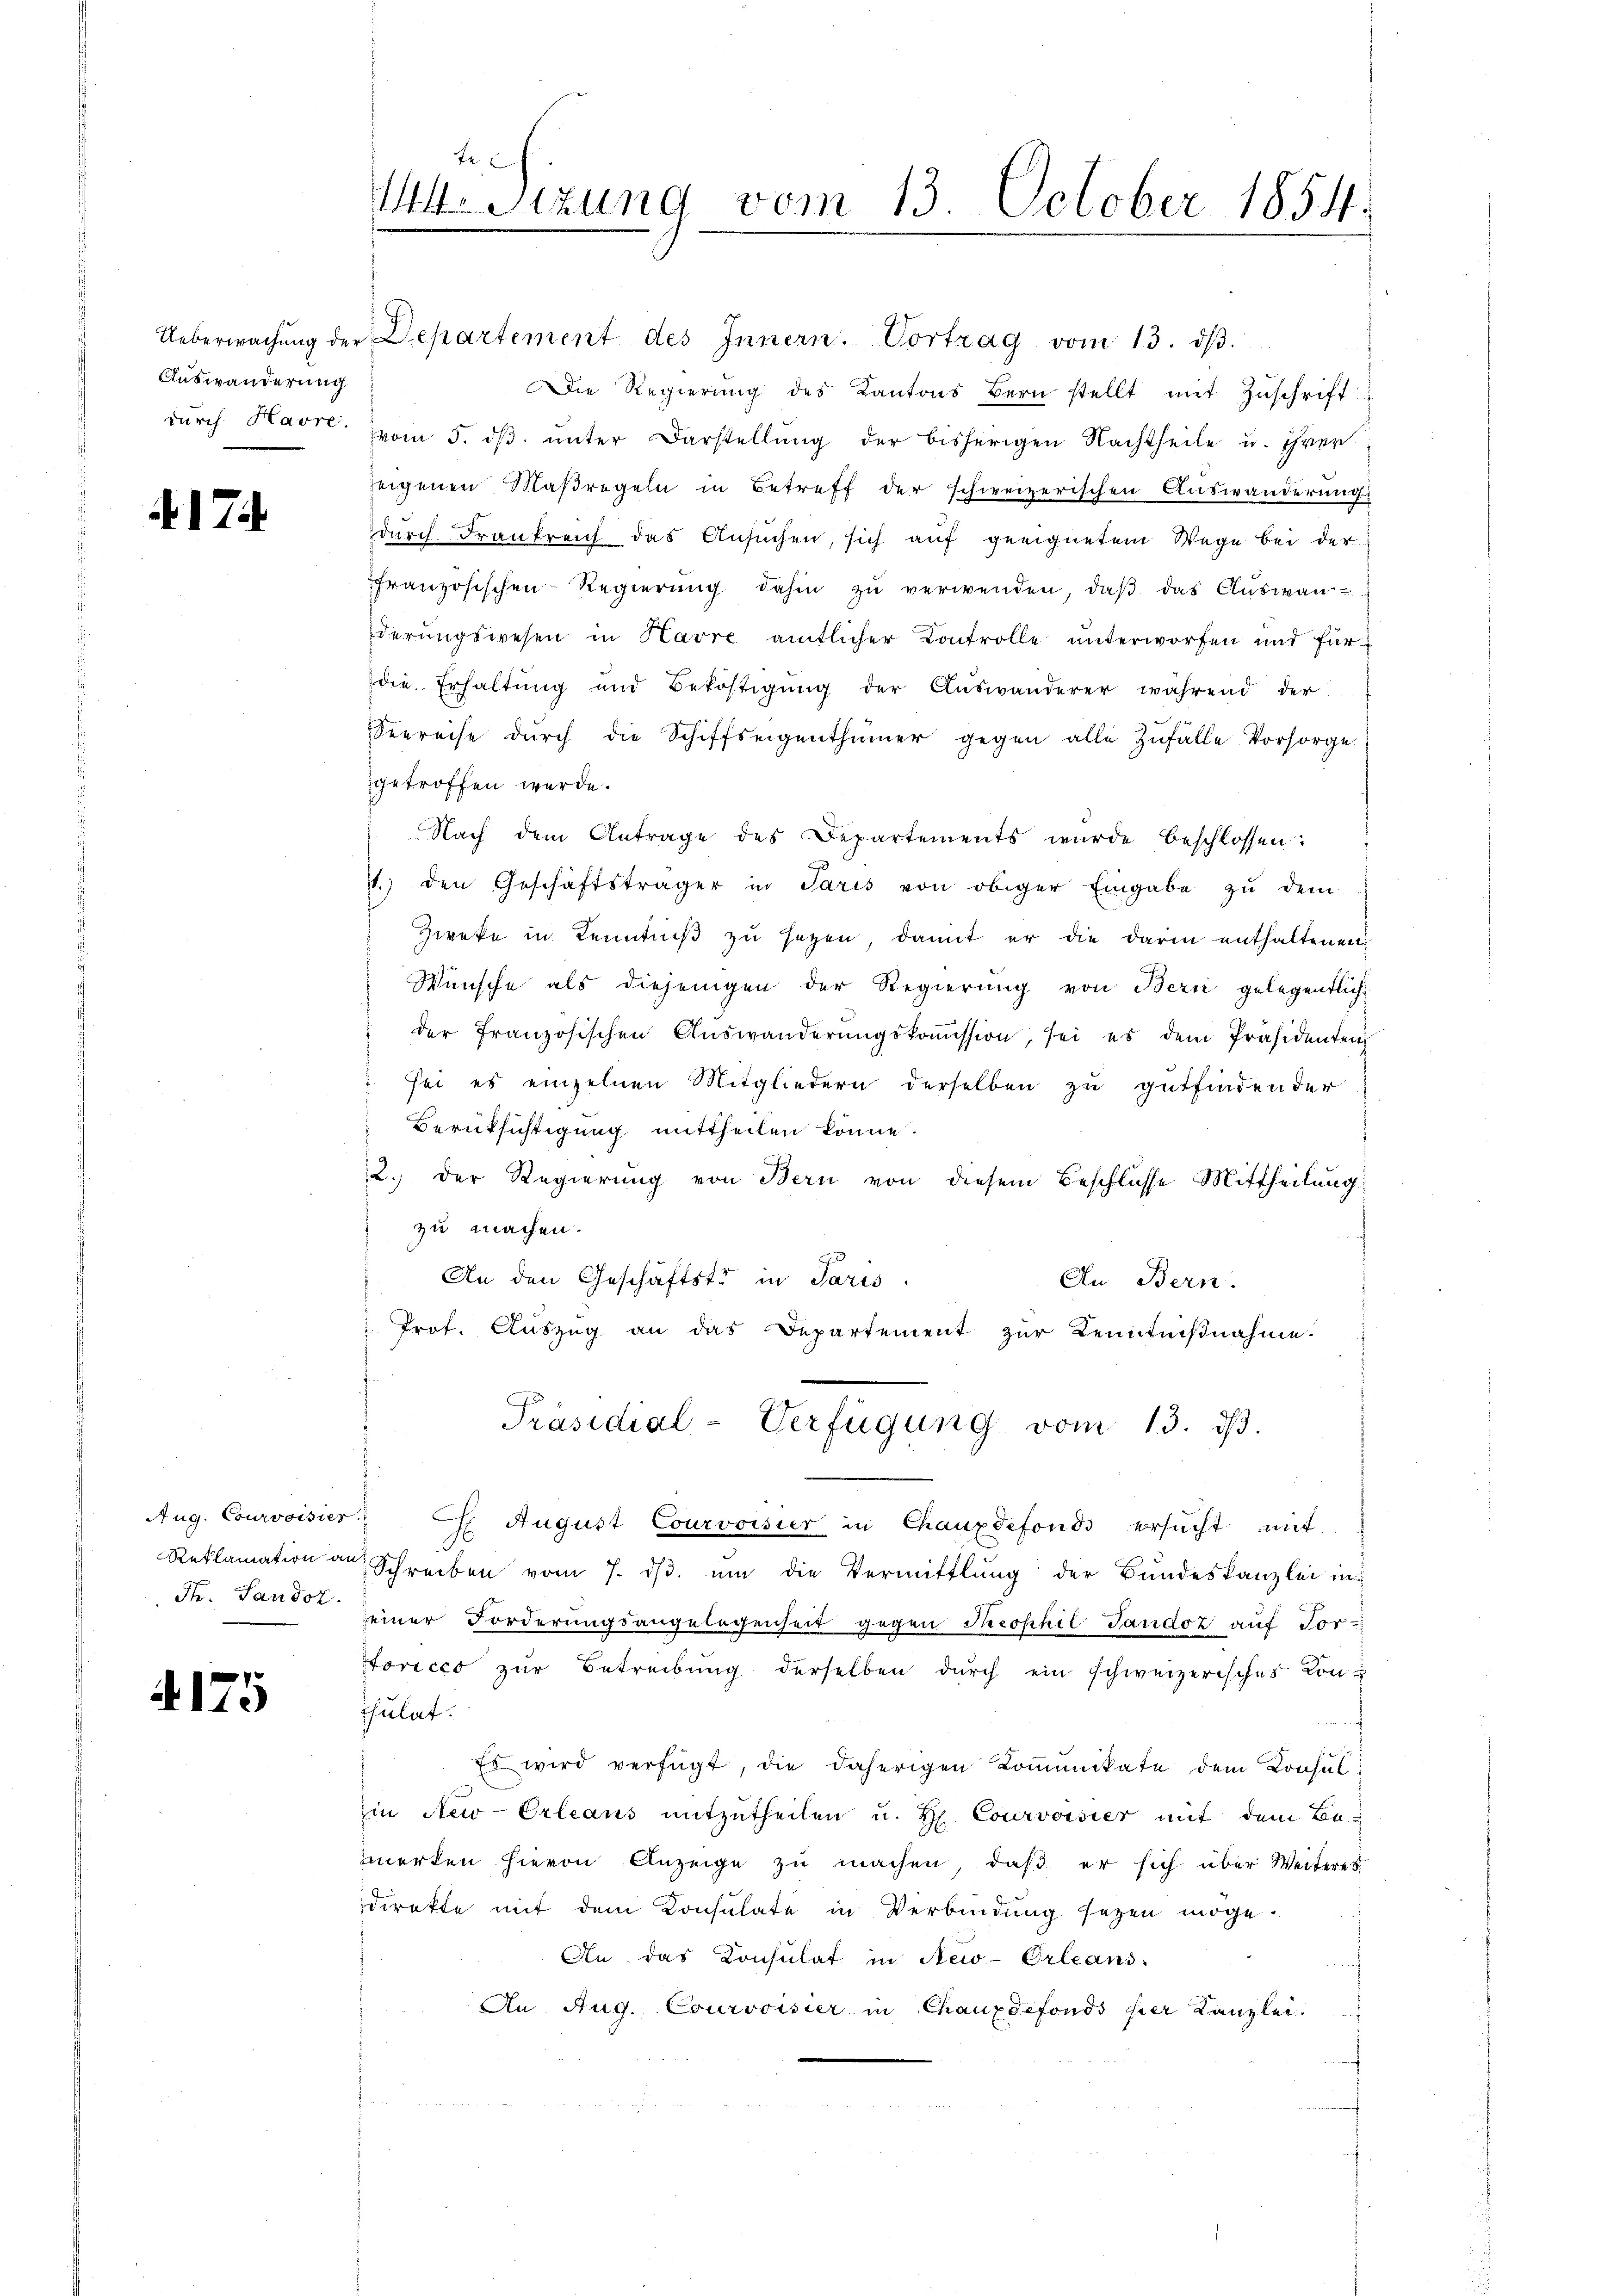
Auswanderung

4174

4175

Ueberwachŭng der Departement des Innern. Vortrag vom 13. dβ.
Die Regierung des Kantons Bern stellt mit Zuschrift
dŭrch Havre vom 5. dβ ŭnter Darstellŭng der bisherigen Nachtheile u. ihrer
zeigenen Maßregeln in Betreff der schweizerischen Auswanderungs
durch Frankreich das Ansuchen, sich auf geeignetem Wege bei der
französischen Regierŭng dahin zŭ verwenden, daβ das Auswan-
derungswesen in Havre amtlicher Controlle unterworfen und für
die Erhaltung und Beköstigung der Auswanderer während der
Seereise dŭrch die Schiffseigenthümer gegen alle zŭfälle Vorsorge.
getroffen werde.
Nach dem Antrage des Departements wurde beschlossen:
.) den Geschäftsträger in Paris von obiger Eingabe zu dem
Zweke in Kenntniß zu sezen, damit er die darin enthaltenen
Wünsche als diejenigen der Regierung von Bern gelegentlich
der französischen Aŭswanderŭngskoṁission, sei es dem Präsidenten
 sei es einzelnen Mitgliedern derselben zu gutfindender
Berüksichtigung mittheilen könne.
12. der Regierung von Bern von diesem Beschlusse Mittheilung
zu machen.
An den Geschäftste in Paris
An Bern.
 Prot. Auszug an das Departement zur Kenntnißnahme.
Präsidial-Verfügung vom 13. ds.
Aug. Courvoisies C. August Courvoisier in Chauxdefonds ersŭcht mit
Reklamation an Schreiben vom 7. dβ. ŭm die Vermittlung der Bundeskanzlei in
Fr. Jando einer Forderungsangelegenheit gegen Theophil Tandoz auf Vor-
foricco zur Betreibŭng derselben dŭrch ein schweizerisches Konculat.
Es wird verfügt, die daherigen Kommunikate dem Konsul
in New-Orleans mitzutheilen u. H. Courvoisier mit dem Be-
merken hievon Anzeige zu machen, daß er sich über Weiteres
direkte mit dem Konsulate in Verbindung sezen möge.
An das Konsulat in New-Orleans
An Aug. Courvoisier in Chauxdefonds per Kanzlei.

f
U Sizung vom 13. October 1854.